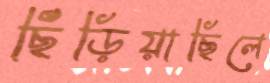
ছিঁড়িয়াছিলে